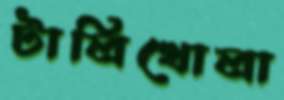
টালিখোলা